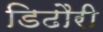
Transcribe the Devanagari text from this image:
डिढौरी